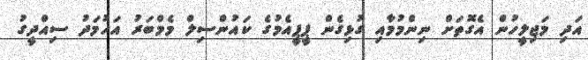
އަދި މަޖިލީހުން އެގޮތަށް ނިންމުމާއި ގުޅިގެން ޕީޕީއެމުގެ ކައުންސިލް މެމްބަރު އަހުމަދު ސިއްދީގު